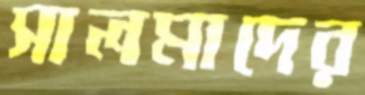
সালমাদের